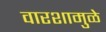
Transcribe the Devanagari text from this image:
वारशामुळे